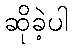
ဆိုခဲ့ပါ